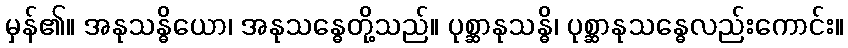
မှန်၏။ အနုသန္ဓိယော၊ အနုသန္ဓေတို့သည်။ ပုစ္ဆာနုသန္ဓိ၊ ပုစ္ဆာနုသန္ဓေလည်းကောင်း။